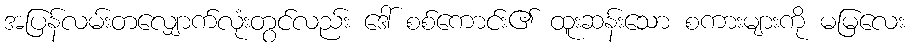
အပြန်လမ်းတလျှောက်လုံးတွင်လည်း ဒေါ် စစ်ကောင်း၏ ထူးဆန်းသော စကားများကို မမြလေး